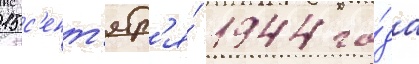
15 с'ент'ябр'я́ 1944 го́да